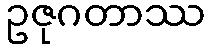
ဥဇုဂတာဿ